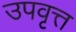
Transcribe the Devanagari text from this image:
उपवृत्त